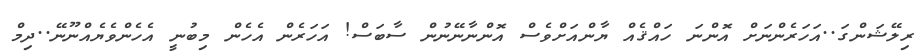
ރިލޭޝަންގަ..އަހަރެންނަށް އޮންނަ ހައްޤެއް ޔާންއަށްވެސް އޮންނާނޭނުން ސާބަސް! އަހަރެން އެހެން މިބުނީ އެހެންވެޔެއްނޫނޭ..ދިމް